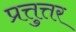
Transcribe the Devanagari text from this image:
प्रत्तुत्तर